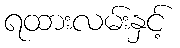
ရထားလမ်းနှင့်